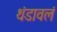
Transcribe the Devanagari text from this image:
थंडावलं